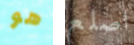
هو اصلع